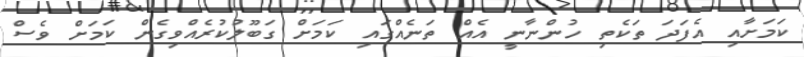
ކަމަށާއި އެފަދަ ތަކެތި ހުންނާނީ އެއް ތަނެއްގައި ކަމަށް ގަބޫލުކުރެއްވިގެން ކަމަށް ވެސް